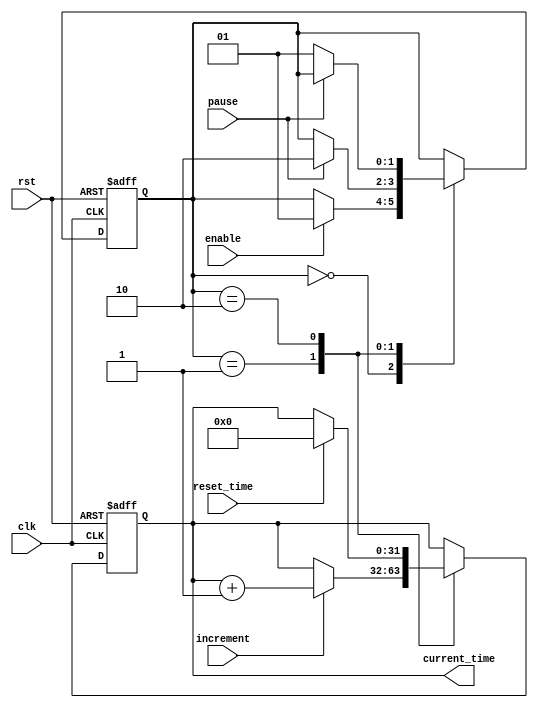
module real_time_clock (
    input wire clk,
    input wire rst,
    input wire enable,
    input wire pause,
    input wire increment,
    input wire reset_time,
    output reg [31:0] current_time
);

reg [31:0] rtc_time;
reg [1:0] state;

always @ (posedge clk or posedge rst) begin
    if (rst) begin
        rtc_time <= 0;
        state <= 2'b00; // Initialize state
    end else begin
        case (state)
            2'b00: begin // Wait for enable signal
                if (enable) begin
                    state <= 2'b01; // Move to next state
                end
            end
            2'b01: begin // Increment time if increment signal is high
                if (increment) begin
                    rtc_time <= rtc_time + 1;
                end

                if (pause) begin
                    state <= 2'b10; // Move to pause state
                end
            end
            2'b10: begin // Pause state
                if (!pause) begin
                    state <= 2'b01; // Resume incrementing time
                end

                if (reset_time) begin
                    rtc_time <= 0;
                end
            end
        endcase
    end
end

assign current_time = rtc_time;

endmodule